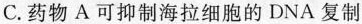
C.药物A可抑制海拉细胞的DNA复制